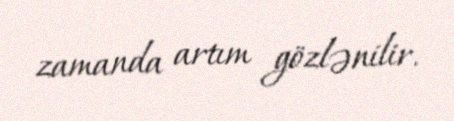
zamanda artım gözlənilir.